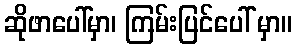
ဆိုဖာပေါ်မှာ၊ ကြမ်းပြင်ပေါ် မှာ။